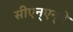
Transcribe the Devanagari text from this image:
सीएन्‌एन्‌ने